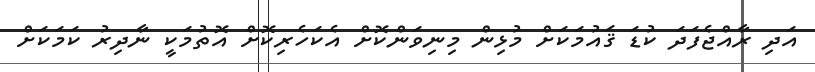
އަދި ރާއްޖެފަދަ ކުޑަ ޤައުމަކަށް މުޅިން މިނިވަންކޮށް އެކަހެރިކޮށް އޮތުމަކީ ނާދިރު ކަމަކަށް